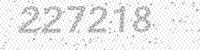
Solution: 227218